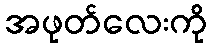
အဖုတ်လေးကို